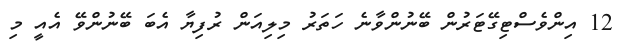
12 އިންވެސްޓިގޭޓަރުން ބޭނުންވާނެ ހަތަރު މިލިއަން ރުފިޔާ އެބަ ބޭނުންވޭ އެއީ މި